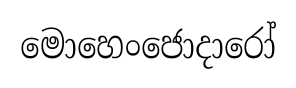
මොහෙංජොදාරෝ